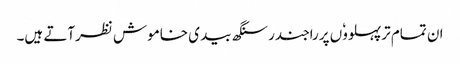
ان تمام ترپہلووٗں پرراجندر سنگھ بیدی خاموش نظرآتے ہیں۔